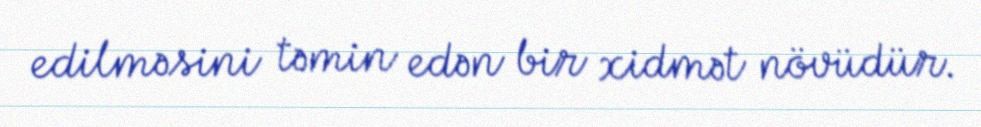
edilməsini təmin edən bir xidmət növüdür.